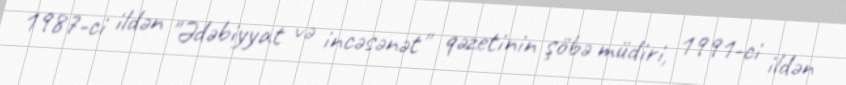
1987-ci ildən "Ədəbiyyat və incəsənət" qəzetinin şöbə müdiri, 1991-ci ildən